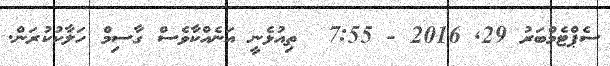
ސެޕްޓެމްބަރު 29